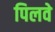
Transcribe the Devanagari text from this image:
पिलवे